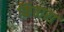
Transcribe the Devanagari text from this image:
किंतारा